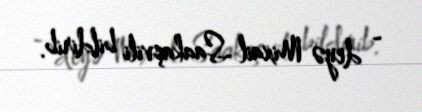
- deyə Mixail Saakaşvili bildirib.